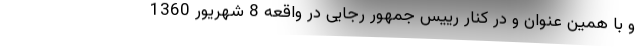
و با همین عنوان و در کنار رییس جمهور رجایی در واقعه 8 شهریور 1360